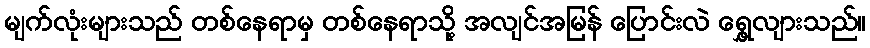
မျက်လုံးများသည် တစ်နေရာမှ တစ်နေရာသို့ အလျင်အမြန် ပြောင်းလဲ ရွှေ့လျားသည်။